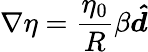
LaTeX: \nabla\eta=\frac{\eta_{0}}{R}\beta\boldsymbol{\hat{d}}